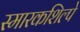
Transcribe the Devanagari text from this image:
स्मारकशिल्पे